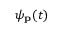
\psi _ { \mathbf { p } } ( t )